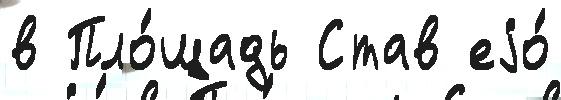
в Пло́щадь Став еjо́